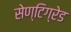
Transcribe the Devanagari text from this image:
सेण्टिग्रेड